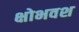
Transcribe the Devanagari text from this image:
क्षोभवश